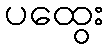
ပထွေး